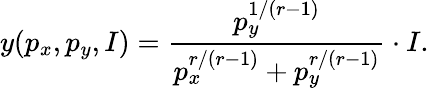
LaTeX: y(p_{x},p_{y},I)={\frac{p_{y}^{1/(r-1)}}{p_{x}^{r/(r-1)}+p_{y}^{r/(r-1)}}}\cdot I.